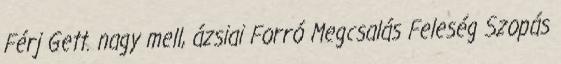
Férj Gett. nagy mell, ázsiai Forró Megcsalás Feleség Szopás